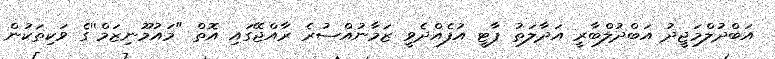
އަބްދުލްމަޖީދު އަބްދުލްބާރީ އަދާލަތު ޕާޓީ އުފެއްދެވީ ޒަމާނުއްސުރެ ރާއްޖޭގައި އޮތް "މައުމޫނިޒަމް''ގެ ވަކިތަކުން